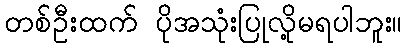
တစ်ဦးထက် ပိုအသုံးပြုလို့မရပါဘူး။